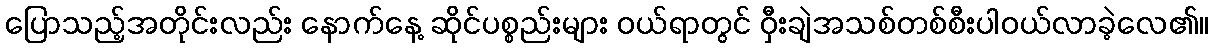
ပြောသည့်အတိုင်းလည်း နောက်နေ့ ဆိုင်ပစ္စည်းများ ဝယ်ရာတွင် ဝှီးချဲအသစ်တစ်စီးပါဝယ်လာခဲ့လေ၏။